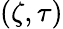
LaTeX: (\zeta,\tau)